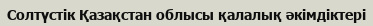
Солтүстік Қазақстан облысы қалалық әкімдіктері